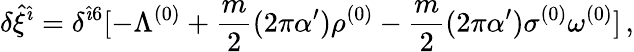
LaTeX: \delta{\hat{\xi}}^{{\hat{\imath}}}=\delta^{{\hat{\imath}}6}[-\Lambda^{(0)}+\frac{m}{2}(2\pi\alpha^{\prime}){\rho}^{(0)}-\frac{m}{2}(2\pi\alpha^{\prime})\sigma^{(0)}\omega^{(0)}]\, ,